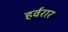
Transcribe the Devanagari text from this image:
हर्वरार